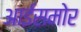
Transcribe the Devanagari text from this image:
आईसमोर